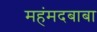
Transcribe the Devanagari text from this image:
महंमदबाबा